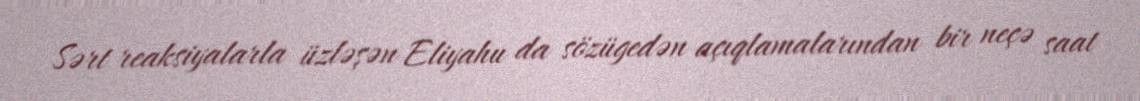
Sərt reaksiyalarla üzləşən Eliyahu da sözügedən açıqlamalarından bir neçə saat